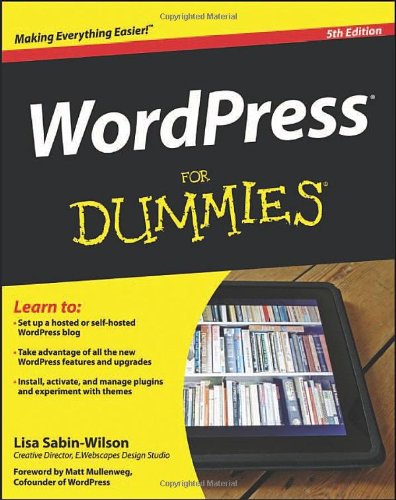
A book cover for WordPress For Dummies; Lisa Sabin-Wilson; Computers & Technology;